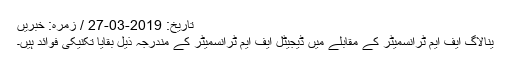
تاریخ: 2019-03-27 / زمرہ: خبریں
ینالاگ ایف ایم ٹرانسمیٹر کے مقابلے میں ڈیجیٹل ایف ایم ٹرانسمیٹر کے مندرجہ ذیل بقایا تکنیکی فوائد ہیں۔